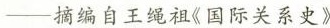
—摘编自王绳祖《国际关系史》